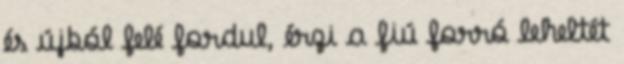
és újból felé fordul, érzi a fiú forró leheltét